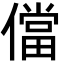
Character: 儅